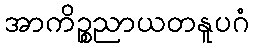
အာကိဉ္စညာယတနူပဂံ